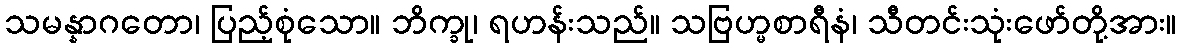
သမန္နာဂတော၊ ပြည့်စုံသော။ ဘိက္ခု၊ ရဟန်းသည်။ သဗြဟ္မစာရီနံ၊ သီတင်းသုံးဖော်တို့အား။